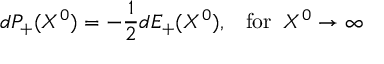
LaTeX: d P _ { + } ( X ^ { 0 } ) = - \frac { 1 } { 2 } d E _ { + } ( X ^ { 0 } ) , \; \; \; \mathrm { f o r } \; \; X ^ { 0 } \rightarrow \infty